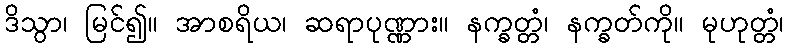
ဒိသွာ၊ မြင်၍။ အာစရိယ၊ ဆရာပုဏ္ဏား။ နက္ခတ္တံ၊ နက္ခတ်ကို။ မုဟုတ္တံ၊